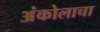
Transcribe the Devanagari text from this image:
अंकोलाचा